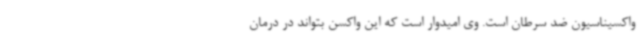
واکسیناسیون ضد سرطان است. وی امیدوار است که این واکسن بتواند در درمان